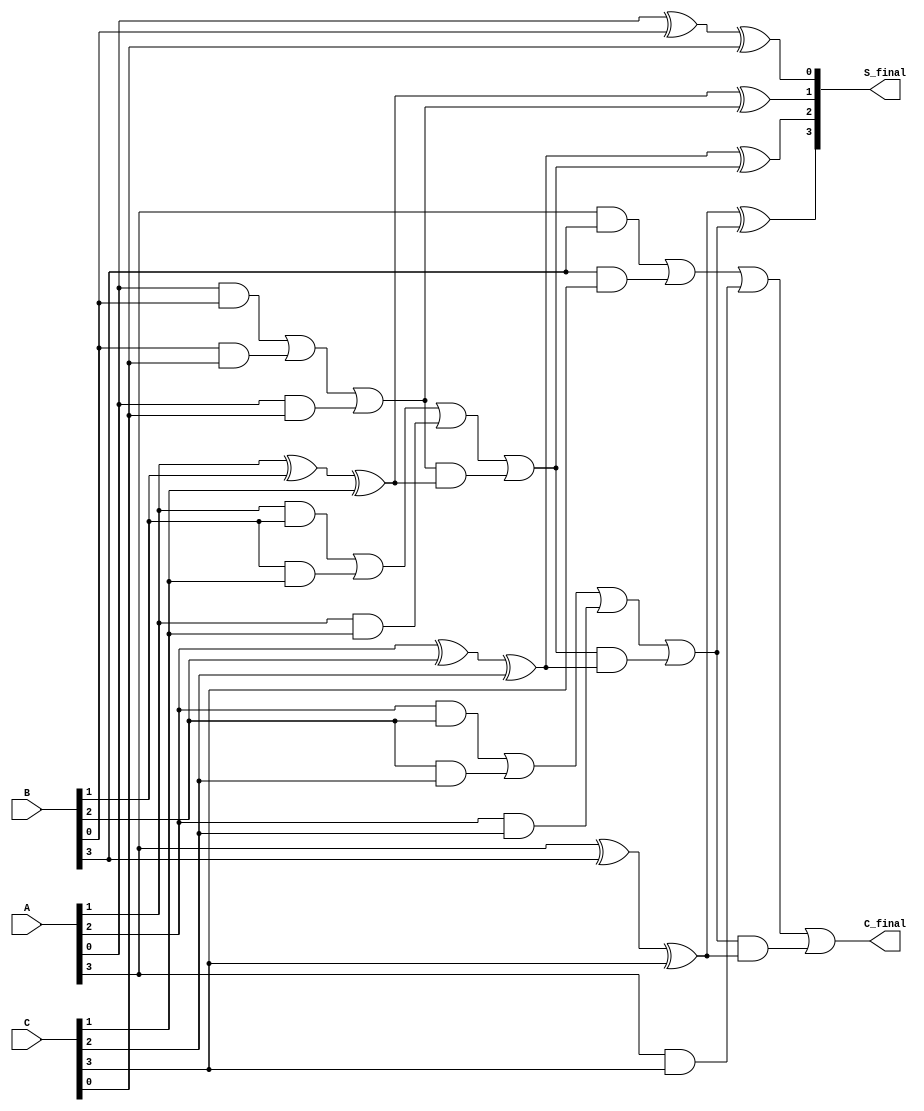
module RippleCarrySaveAdder #(parameter N = 4) (
    input  [N-1:0] A, // First input operand
    input  [N-1:0] B, // Second input operand
    input  [N-1:0] C, // Third input operand
    output [N-1:0] S_final, // Final sum output
    output        C_final // Final carry output
);

    wire [N:0] carry; // Carry array, one extra bit for the final carry
    wire [N-1:0] partial_sum; // Partial sum array

    // Initialize carry for the least significant bit
    assign carry[0] = 1'b0;

    // Full adder logic for each bit position
    genvar i;
    generate
        for (i = 0; i < N; i = i + 1) begin : full_adder
            // Sum calculation
            assign partial_sum[i] = A[i] ^ B[i] ^ C[i] ^ carry[i];
            // Carry calculation
            assign carry[i + 1] = (A[i] & B[i]) | (B[i] & C[i]) | (A[i] & C[i]) | (carry[i] & (A[i] ^ B[i] ^ C[i]));
        end
    endgenerate

    // Final outputs
    assign S_final = partial_sum; // Final sum is the partial sum
    assign C_final = carry[N]; // Final carry is the carry from the MSB

endmodule